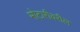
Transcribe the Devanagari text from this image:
मोटारीवरील